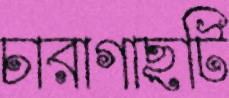
চারাগাছটি